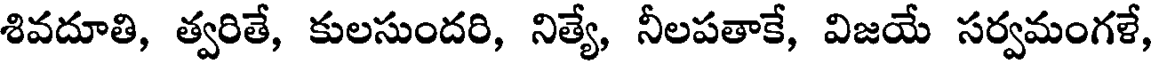
శివదూతి, త్వరితే, కులసుందరి, నిత్యే, నీలపతాకే, విజయే సర్వమంగళే,